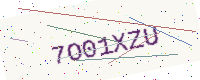
Text: 7O01XZU